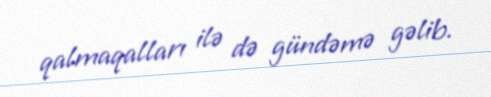
qalmaqalları ilə də gündəmə gəlib.